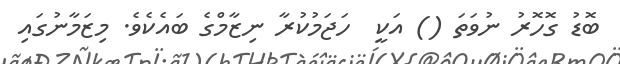
ބޮޑު ގޮހޮރު ނުވަތަ () އަކީ  ހަޖަމުކުރާ ނިޒާމްގެ ބައެކެވެ. މިޒަމާނުގައި